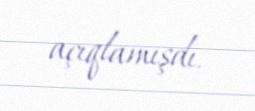
açıqlamışdı.